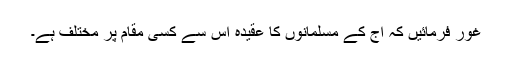
غور فرمائیں کہ آج کے مسلمانوں کا عقیدہ اس سے کسی مقام پر مختلف ہے۔